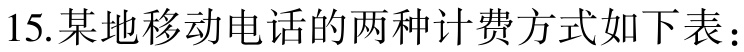
15.某地移动电话的两种计费方式如下表：